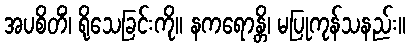
အပစိတိံ၊ ရိုသေခြင်းကို။ နကရောန္တိ၊ မပြုကုန်သနည်း။